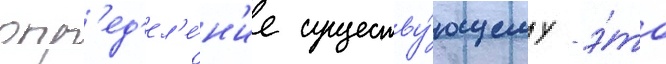
опр'ед'ел'е́н'ие существу́ющему - э́то